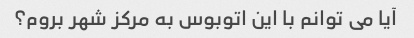
آیا می توانم با این اتوبوس به مرکز شهر بروم؟